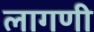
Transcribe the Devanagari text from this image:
लागणी